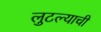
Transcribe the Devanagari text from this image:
लुटल्याची